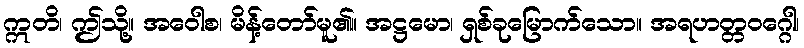
ဣတိ၊ ဤသို့။ အဝေါစ၊ မိန့်တော်မူ၏။ အဋ္ဌမော၊ ရှစ်ခုမြောက်သော။ အရဟတ္တဝဂ္ဂေါ၊